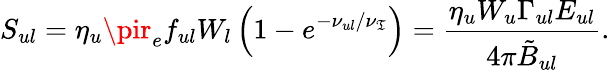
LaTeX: S_{ul}=\eta_{u}\pir_{e}f_{ul}W_{l}\left(1-e^{-\nu_{ul}/\nu_{\mathfrak{T}}}\right)=\frac{{\eta_{u}W_{u}\Gamma_{ul}E_{ul}}}{{4\pi\tilde{{B}}_{ul}}}.